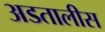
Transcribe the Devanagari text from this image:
अडतालीस